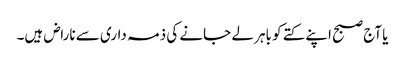
یا آج صبح اپنے کتے کو باہر لے جانے کی ذمہ داری سے ناراض ہیں۔